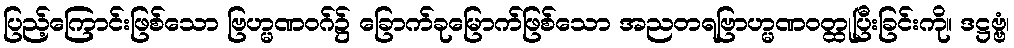
ပြည့်ကြောင်းဖြစ်သော ဗြဟ္မဏဝဂ်၌ ခြောက်ခုမြောက်ဖြစ်သော အညတရဗြာဟ္မဏဝတ္ထုပြီးခြင်းကို။ ဒဋ္ဌဗ္ဗံ၊